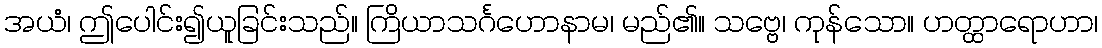
အယံ၊ ဤပေါင်း၍ယူခြင်းသည်။ ကြိယာသင်္ဂဟောနာမ၊ မည်၏။ သဗ္ဗေ၊ ကုန်သော။ ဟတ္ထာရောဟာ၊